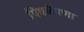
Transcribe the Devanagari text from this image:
पिवळेपणा